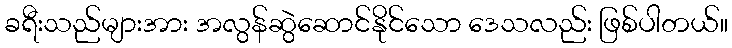
ခရီးသည်များအား အလွန်ဆွဲဆောင်နိုင်သော ဒေသလည်း ဖြစ်ပါတယ်။